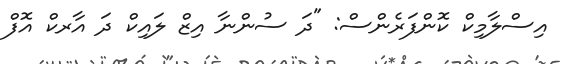
އިސްލާމިކް ކޮންފަރެންސް: "ދަ ސުންނާ އިޒް ލައިކް ދަ އާރކް އޮފް